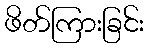
ဖိတ်ကြားခြင်း